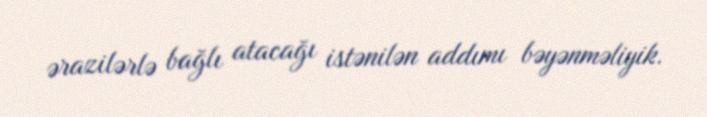
ərazilərlə bağlı atacağı istənilən addımı bəyənməliyik.